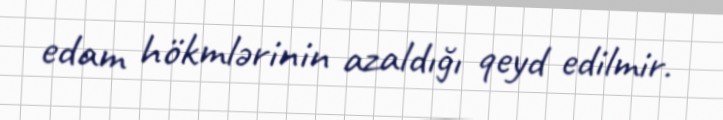
edam hökmlərinin azaldığı qeyd edilmir.